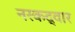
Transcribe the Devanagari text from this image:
नरकद्वार